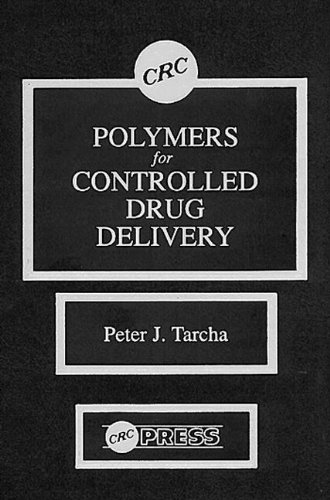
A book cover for Polymers for Controlled Drug Delivery; Peter J. Tarcha; Medical Books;